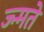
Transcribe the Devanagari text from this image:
ज्न्मते